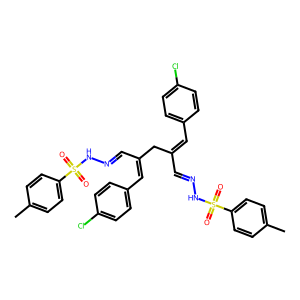
SMILES: Cc1ccc(S(=O)(=O)NN=CC(=Cc2ccc(Cl)cc2)CC(C=NNS(=O)(=O)c2ccc(C)cc2)=Cc2ccc(Cl)cc2)cc1
Inhibits HIV replication: No